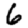
Digit: 6